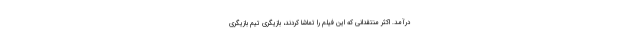
درآمد. اکثر منتقدانی که این فیلم را تماشا کردند، بازیگری تیم بازیگری